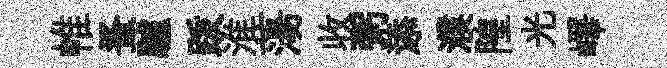
帷蚤驢䟦淮蕩收粥添濮隍光嶧